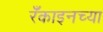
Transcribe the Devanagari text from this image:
रँकाइनच्या